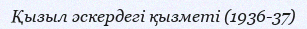
Қызыл әскердегі қызметі (1936-37)